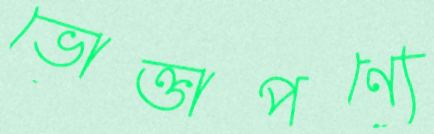
ভোক্তাপণ্যে